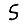
Digit: 5